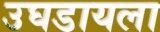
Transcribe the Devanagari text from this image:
उघडायला